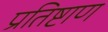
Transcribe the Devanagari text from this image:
प्रतिष्टाण